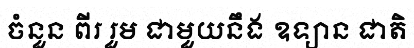
ចំនួន ពីរ រួម ជាមួយនឹង ឧទ្យាន ជាតិ